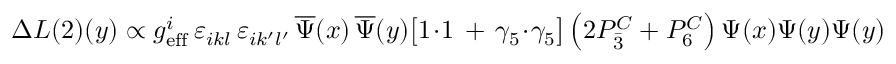
\Delta { \cal L } { ( 2 ) } ( y ) \propto g _ { \mathrm { e f f } } ^ { i } \, \varepsilon _ { i k l } \, \varepsilon _ { i k ^ { \prime } l ^ { \prime } } \, \overline { { { \Psi } } } ( x ) \, \overline { { { \Psi } } } ( y ) \bigl [ 1 \! \cdot \! 1 \, + \, \gamma _ { 5 } \! \cdot \! \gamma _ { 5 } \bigr ] \left( 2 { \cal P } _ { \bar { 3 } } ^ { C } + { \cal P } _ { 6 } ^ { C } \right) \Psi ( x ) \Psi ( y ) \Psi ( y )